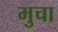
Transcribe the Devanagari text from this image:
मुचा